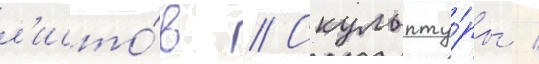
л'исто́в // Скульпту́ры /